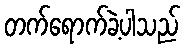
တက်ရောက်ခဲ့ပါသည်